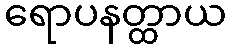
ရောပနတ္ထာယ